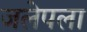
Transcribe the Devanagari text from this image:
जलेपला